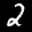
Label: 2